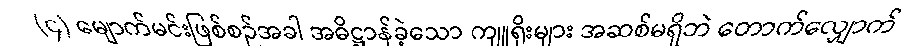
(၄) မျောက်မင်းဖြစ်စဉ်အခါ အဓိဋ္ဌာန်ခဲ့သော ကျူရိုးများ အဆစ်မရှိဘဲ တောက်လျှောက်